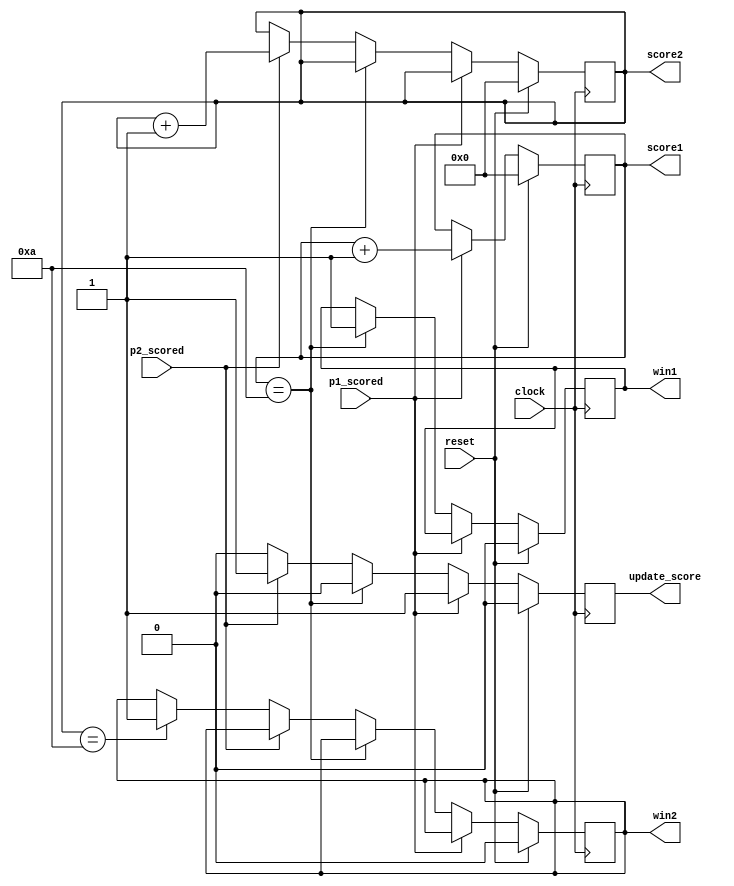
module win (
    input clock,
	 input reset,
	 input p1_scored,
	 input p2_scored,
	 output reg win1,
	 output reg win2,
	 output reg [3:0]	score1,
	 output reg [3:0]	score2,
	 output reg	update_score    //update_score is used for triggering converting binary numbers to BCD.
	 );
	
	localparam MAX_SCORE = 10;		
	
	always @ (posedge clock) begin
	   if (reset) begin 
		     score1 <= 4'b0;
			  score2 <= 4'b0;
			  win1 <= 0;
			  win2 <= 0;
			  update_score <= 0;
	   end else if (p1_scored) begin    //Add 1 to score1 when player1 scores.
		     score1 <= score1 + 1'b1;
			  update_score <= 1;
	   end else if (score1 == MAX_SCORE) begin    //When player1 scores 10 points, player1 wins. 
		     win1 <= 1;
			  update_score <= 0;    //Stop scoring when a player wins.
		 end else if (p2_scored) begin    //Add 1 to score2 when player2 scores.
		     score2 <= score2 + 1'b1;
			  update_score <= 1;
		 end else if (score2 == MAX_SCORE) begin    
		     win2 <= 1;
			  update_score <= 0;
		 end else 
			update_score <= 0;
	end

endmodule